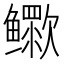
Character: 𬶷